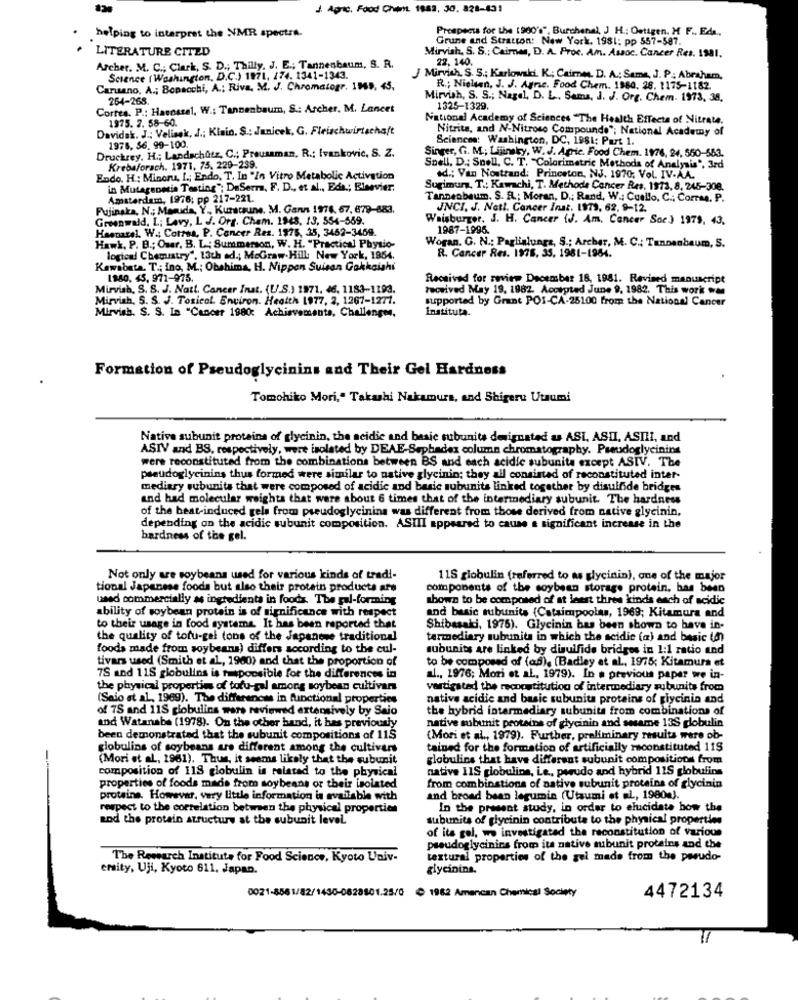
J Agric. Food Chit 1883, 30. 828-431
Prospects for the (900's", Burchenal, J H .: Oettgen. H F .. E4 ..
helping to interpret the NMR spectra.
Grune and Stratton: New York. 1981: pp 557-587.
LITERATURE CITED
Mirvish, S. S .; Caires, D. A. Proc. Am. Assoc. Cancer Res. 1981.
22, 140.
Archer. M. C .; Clark, S. D .; Thilly, J. E .; Tannenbaum, S. R.
Science ( Washington, D.C.) 1971, 174. 1341-1343.
J Mirvish. S. 5 .; Karlowski. K .; Cairne. D. A .; Same, J. P. Abraham,
Carusano, A .; Bopacchi, A .; Riva, M. J. Chromatogr. 1569, 45,
R .; Nielsen, J. J. Agne. Food Chem. 1980, 28. 1175-1182.
264-268.
Mirvish, S. S .; Nagel, D. L. Sama, J. J. Org. Chem. 1973, 38.
Corres. P .: Haunssel, W .: Tannenbaum, S .: Archer, M. Lancet
1325-1329.
National Academy of Sciences "The Health Effects of Nitrate.
1975. 2. 58-60.
ok. J .; Velisok, J .; Kinin. S .: Janicek, G. Fleischwirtschaft
Nitrita, and N-Nitroso Compounde"; National Academy of
Sciences: Washington, DC, 1981: Part 1.
1978, 56. 99-100.
Druckrey, H .; Landschütz, C .; Prousaman, R .: Ivankovic, S. Z.
Singer, G. M .; Lijinsky, W. J. Apric. Food Chem. 1976, 24, 550-563.
Krebsforach. 1971, 75, 229-239.
Snell, D .: Spell, C. T. "Colorimetric Methods of Analysis", 3rd
Endo. H .: Minoru, I .; Endo, T. In "In Vitro Metabolic Activation
id .; Van Nostrand: Princeton, NJ. 1970; Vol. IV-AA.
in Mutagenesis Testing"; DeSerra, F. D ., et al ., Eds .; Elsevier,
Sugimura, T .: Kawachi, T. Methode Cancer Res. 1973, 8, 245-308.
Amsterdam, 1976; pp 217-221.
Tannenbaum. S. R .; Moran, D .: Rand, W .: Cuello, C .; Corras. P.
Fujinaka, N .; Mamuda, Y, Kuraceune. M. Gann 1978. 67, 679-683.
JNCI, J. Not !. Cancer Inst. 1979, 62, 9-12.
Greenwald, L; Lavy, L J. Org. Cham. 1948, 13, 554-569.
Waisburger, J. H. Cancer {J. Am, Cancer Soc.) 1979, 43.
Heenarel. W .; Correa, P. Cancer Res. 1975, 35, 3452-3469.
1987-1996.
Hawk, P. B .; Ouar. B. L .: Summerson, W. H. "Practical Physio-
Woran. G. N .: Paglinlungs, S .; Archer, M. C .: Tannenbaum, S.
R. Cancer Res. 1975, 35. 1981-1984.
logical Chemistry", 13th ad .; McGraw Hill: New York, 1954.
Kawabata. T .: Ino, M .; Obahima, H. Nippon Suisan Gakkaishi
1980, 45, 971-975.
Received for review December 18, 1981. Revised manuscript
Mirvish, S. S. J. Natt. Cancer Inst. (U.S.) 1971. 46, 1183-1193.
received May 19, 1982. Accepted June 9, 1982. This work
Mirvish, S. S. J. Toxicol. Environ. Health 1977, 2, 1267-1277.
supported by Grant POI-CA.25100 from the National Cancer
Mirvish. S. S. In "Cancer 1980: Achievements, Challenges.
Instituta.
Formation of Pseudoglycinins and Their Gel Hardness
Tomohiko Mori," Takashi Nakamura, and Shigeru Utaumi
Native subunit proteins of glycinin, the acidic and basic subunits designated & ASI, ASII, ASIII, and
ASIV and BS, respectively, were isolated by DEAE-Sephadex column chromatography. Pseudoglycinins
were reconstituted from the combinations between BS and each acidic subunits except ASIV. The
pseudoglycinins thus formed were similar to native glycinin; they all consisted of reconstituted inter-
mediary subunits that were composed of acidic and basic subunits linked together by disulfide bridges
and had molecular weights that were about 6 times that of the intermediary subunit. The hardness
of the beat-induced gels from pseudoglycinina was different from those derived from native glycinin,
depending on the acidic subunit composition. ASIII appeared to cause a significant increase in the
hardness of the gel.
Not only are soybeans used for various kinds of tradi-
115 globulin (referred to as glycinin), one of the major
tional Japanese foods but also their protein products are
components of the soybean storage protein, bas been
used commercially as ingredients in foods. The gal-forming
shown to be composed of at leert three kinds each of acidic
ability of soybean protein is of significance with respect
and basic subunits (Cataimpoolas, 1969; Kitamura and
to their usage in food systems. It has been reported that
Shibasaki, 1975). Glycinin has been shown to have in-
the quality of tofu-gel tons of the Japanese traditional
termediary subunits in which the seidie (a) and basic (on)
foods made from soybeanua) differs socording to the cul-
subunits are linked by disulfide bridges in 1:1 ratio and
tivars used (Smith et al, 1960) and that the proportion of
to be composed of (ad), (Badley et al ., 1975; Kitamura et
7S and 115 globulins is responsible for the differences in
al ., 1976; Mori et al, 1979). In a previous paper we in-
the physical properties of tofu-gal among soybean cultivars
vartigsted the reconstitution of intermediary subunits from
(Seio st al, 1969). The differences in functional properties
native acidic and basic subunits proteins of glycinin and
of 7S and 11S globulins wars reviewed extensively by Saio
the hybrid intermediary subunits from combinations of
and Watanabe (1978). On the other hand, it has previously
native subunit proteins of glycinin and sesame 13S globulin
been demonstrated that the subunit compositions of 11$
(Mori et al ., 1979). Further, preliminary results were ob-
globulins of soybeans are different among the cultivars
tained for the formation of artificially reconstituted 11$
(Mori et al, 1981). Thus, it seems likely that the subunit
globulins that have different subunit compositions from
native 1IS globuline, Le, perudo and hybrid 115 globulins
composition of 11S globulin is related to the physical
properties of foods made from soybeans or their isolated
from combinations of native subunit proteins of glycinin
proteine. However, very little information is available with
and broad bean legumin (Utaumi et al, 19804).
respect to the correlation between the physical properties
In the present study, in order to elucidate bow the
and the protein structure at the subunit level.
subunits of glycinin contribute to the physical properties
of its gol, wo investigated the reconstitution of various
pseudoglycinins from its native subunit proteins and the
The Research Institute for Food Science, Kyoto Univ-
textural properties of the gel made from the perudo-
ersity, Uji, Kyoto 611. Japan.
glycinins.
0021-8561/82/1430-0628501.25/0
1962 Amencan Chemical Society
4472134